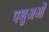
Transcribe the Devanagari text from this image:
पशुअओं